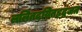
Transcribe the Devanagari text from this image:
ललितदयितहृद्रंजन